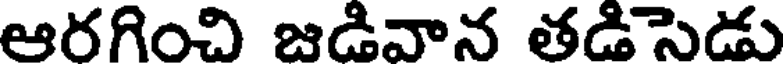
ఆరగించి జడివాన తడిసెడు